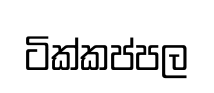
ටික්කප්පල